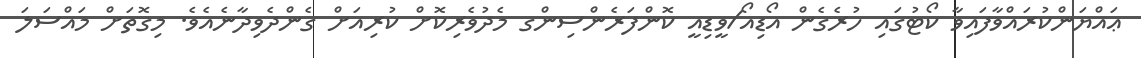
ޢައްޔަންކުރައްވާފައިވާ ކޯޓުގައި ހުރެގެން އޯޑިއޯ/ވީޑިއީ ކޮންފަރެންސިންގ މެދުވެރިކޮށް ކުރިއަށް ގެންދެވިދާނެއެވެ. މިގޮތަށް މައްސަލަ